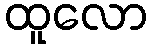
ထူလော